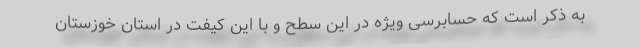
به ذکر است که حسابرسی ویژه در این سطح و با این کیفت در استان خوزستان